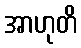
အာဟုတိ